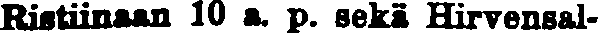
Ristiinaan 10 a. p. sekä Hirvensal-